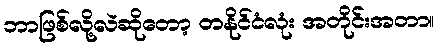
ဘာဖြစ်လို့လဲဆိုတော့ တနိုင်ငံလုံး အတိုင်းအတာ။